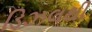
ડિઝલથી